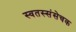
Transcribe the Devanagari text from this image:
स्वतस्संसेचक